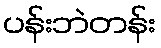
ပန်းဘဲတန်း